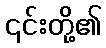
၎င်းတို့၏